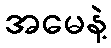
အမေနဲ့